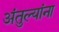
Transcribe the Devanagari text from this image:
अंतुल्यांना